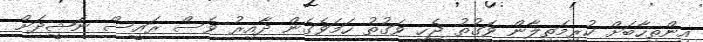
އިންތިހާބަށް ކުރިމަތިލާން ވަގުތު ޖެހި ވަގުތު ހަމަވެގެން ދާއިރު ވެސް ރައީސް ނަޝީދަށް